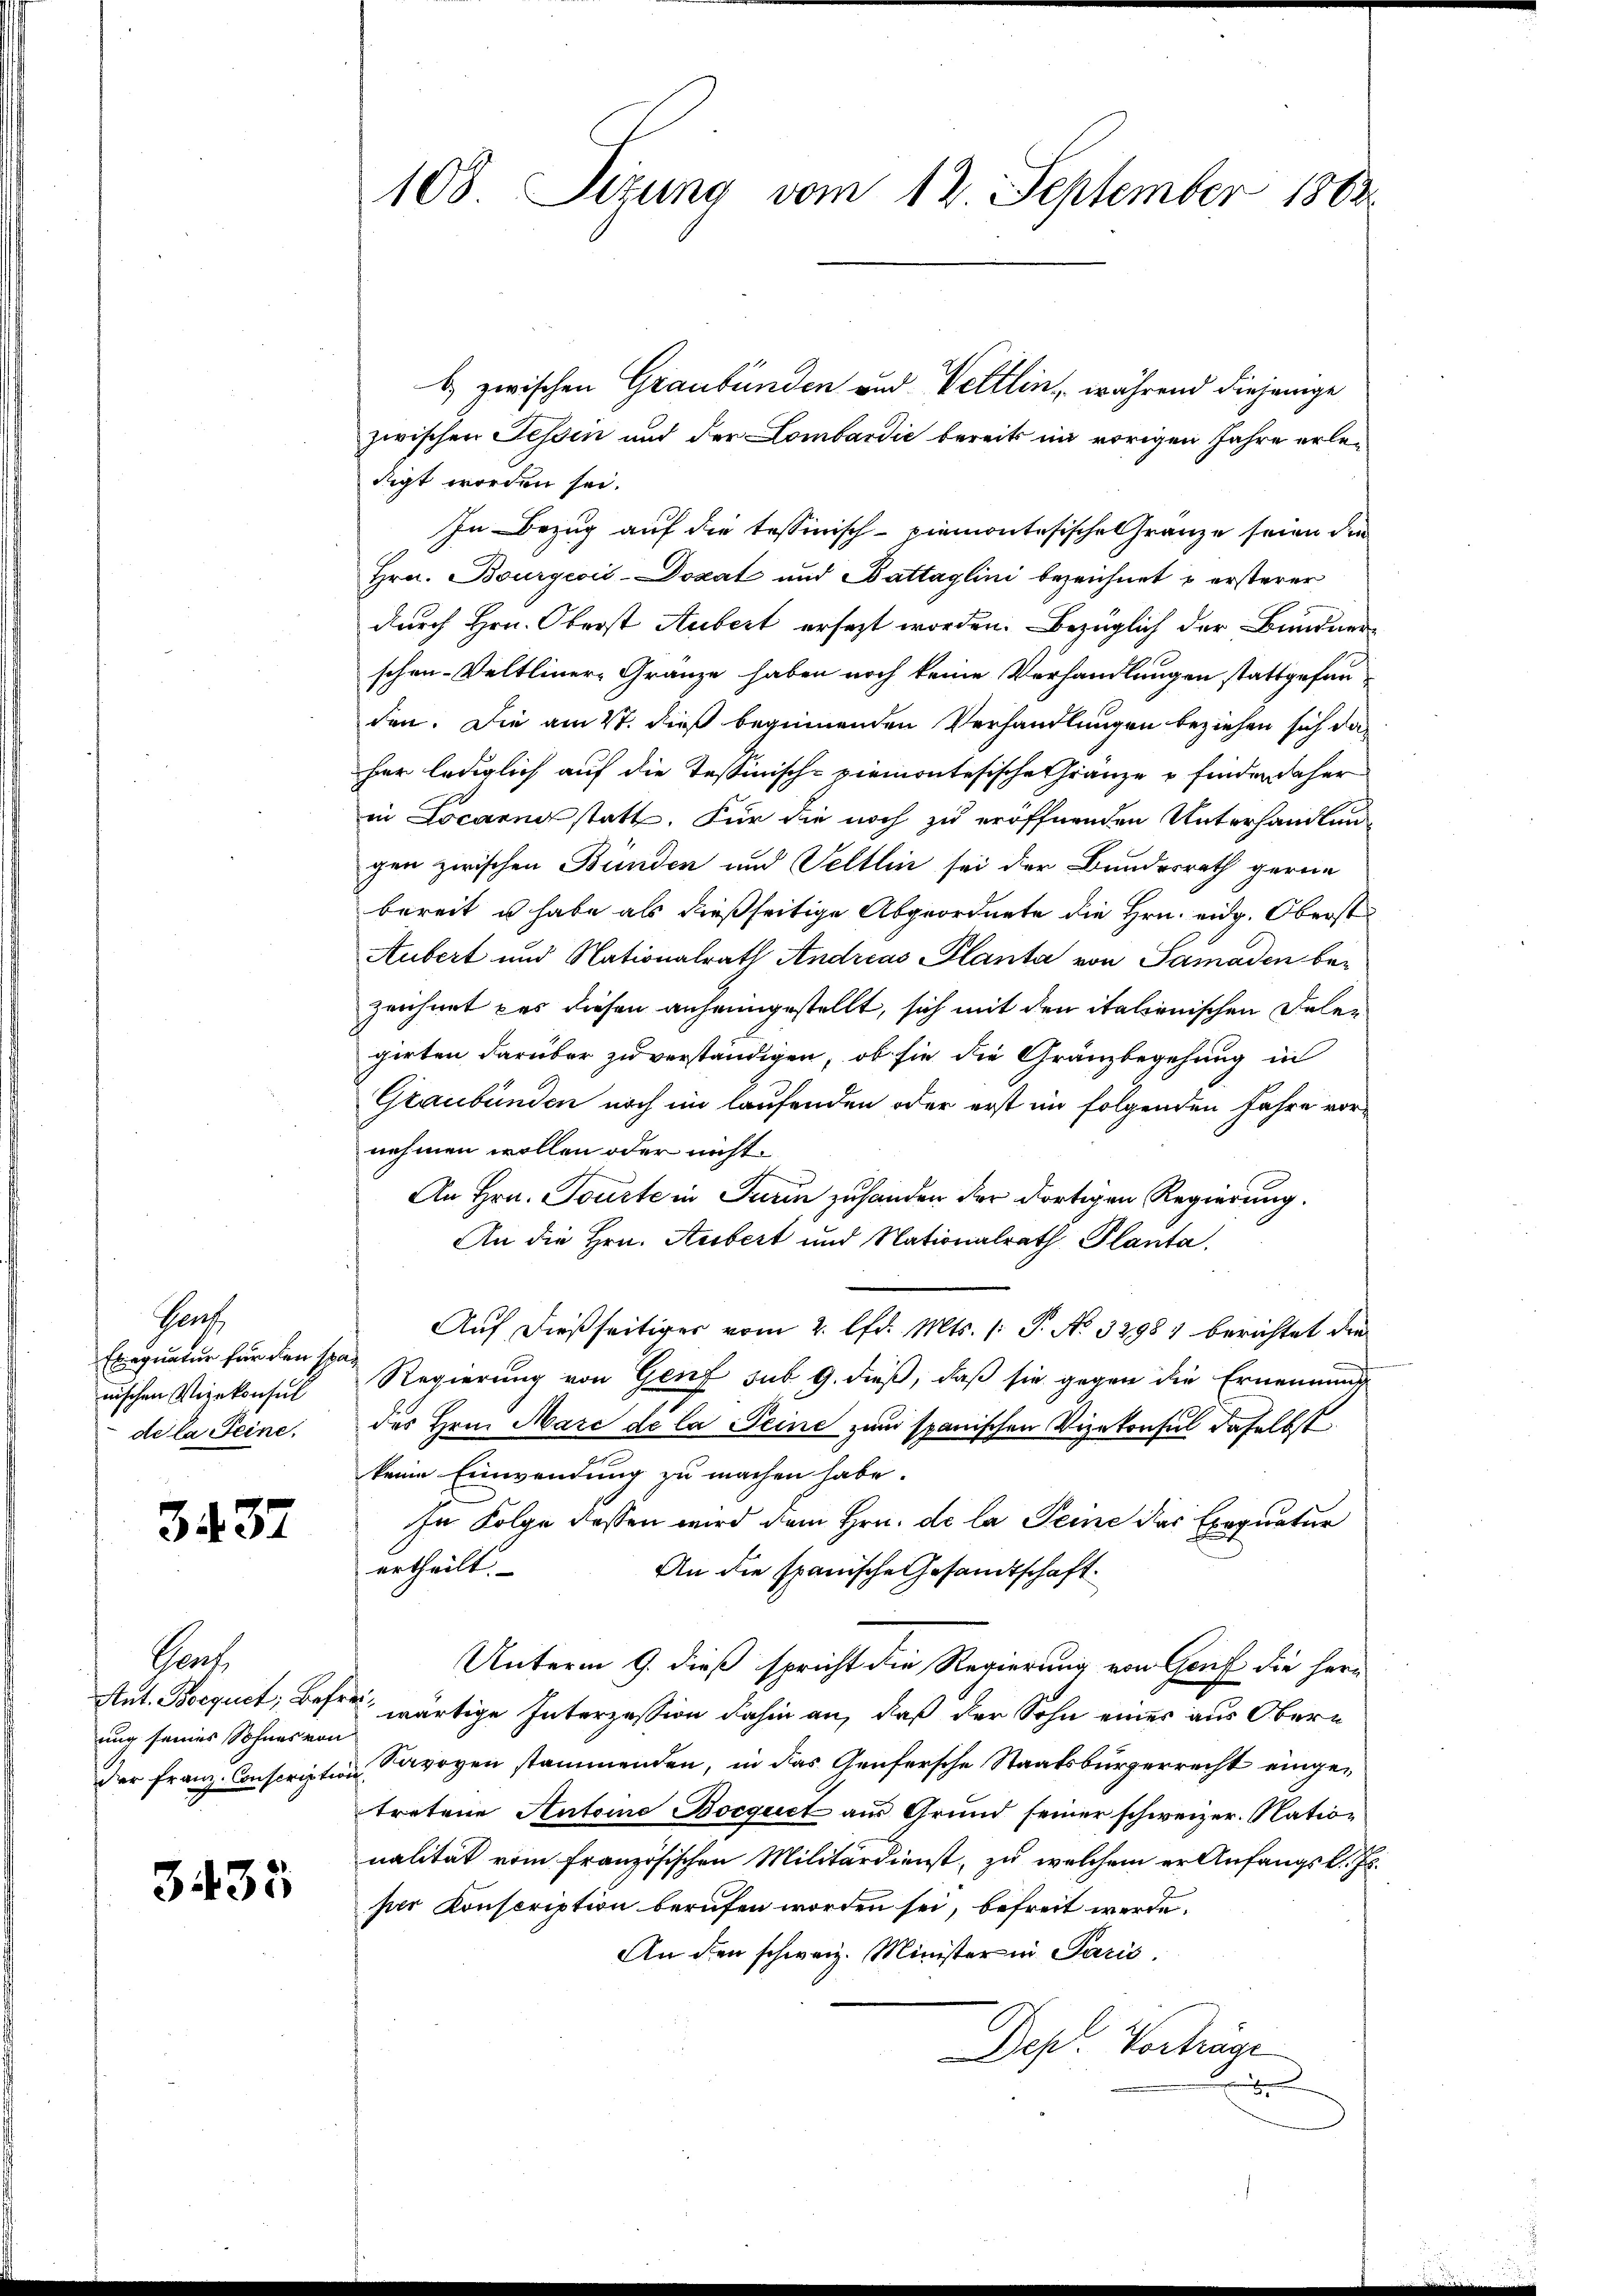
Prach
Exequatur für den spanischen Vizekonsul
de la Seine.

3437

Saat
Aut. Bocquct; Befr
ung seines Sohnes von

3435

108. Sizung vom 12. September 1882

6) zwischen Graubünden und Veltlin, während diejenige
zwischen Tessin und der Lombardić bereits im vorigen Jahre erledigt worden sei.
In Bezug auf die tessinisch-piemontesische Gränze seien den
Hrn. Bourgeoić-Dozat und Battaglini bezeichnet u ersterer
durch Hrn. Oberst Aubert ersezt worden. Bezüglich der Bundnerschen- Veltliner-Granze haben noch keine Verhandlungen stattgefunden. Die am 27. dieß beginnenden Verhandlungen beziehen sich da
her lediglich auf die Tessinische ziemontesische Gränze u finden daher
in Locarno statt. Für die noch zu eröffnenden Unterhandlungen zwischen Bünden und Veltlin sei der Bundesrath gerne
bereit u habe als dießseitige Abgeordnete die Hrn. eidg. Oberst
Aubert und Nationalrath Andreas Planta von Samaden be-
zeichnet das diesen anheimgestellt, sich mit den italienischen Delegirten darüber zu verständigen, ob sie die Gränzbegehung in
Graubünden noch im laufenden oder erst im folgenden Jahre vornehmen wollen oder nicht
An Hrn. Tourte in Turin zuhanden der dortigen Regierung.
An die Hrn. Aubert und Nationalrath Planta.
Auf dießseitiges vom 2. lfd. Mts. (: P. No 32981 berichtet die
Regierung von Genf sub 9. dieß, daß sie gegen die Ernennung
des Hrn. Marc de la Seine zum spanischen Vizekonsul daselbst
keine Einwendung zu machen habe.
In Folge dessen wird dem Hrn. de la Seine das Exequatur
ertheilt.
An die spanische Gesandtschaft
Unterm 9. dieß spricht die Regierung von Genf die Herr
.
wärtige Interzession dahin an, daß der Sohn eines aus Oberder Franz-Conscription Savoyen stammenden, in das Genfersche Staatsbürgerrecht eingetretene Antoine Bocquct aus Grund seiner schweizer. Nation
nalität vom französischen Militärdienst, zu welchem er Anfangs k. Js.
per Konscription berufen worden sei, befreit werde.
An den schweiz. Minister in Paris.
Deps. Vorträge